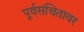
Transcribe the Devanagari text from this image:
पूर्वसंचितावर